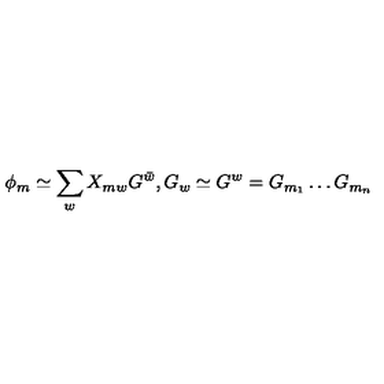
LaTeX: \phi _ { m } \simeq \sum _ { w } X _ { m w } G ^ { \bar { w } } , G _ { w } \simeq G ^ { w } = G _ { m _ { 1 } } \ldots G _ { m _ { n } }